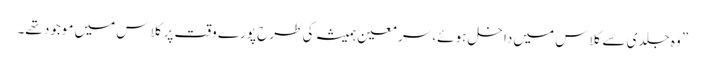
” وہ جلدی سے کلاس میں داخل ہوئے، سر معین ہمیشہ کی طرح پورے وقت پر کلاس میں موجود تھے۔